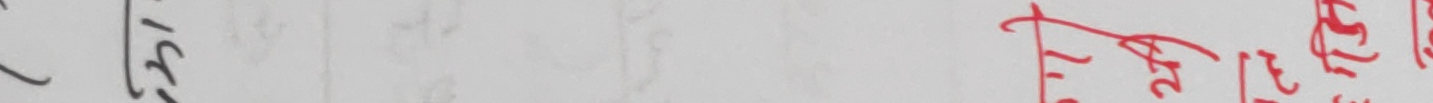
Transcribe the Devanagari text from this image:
ले गर्द